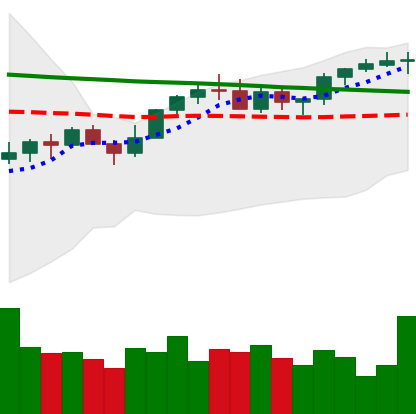
Ticker: XMR-USD
Chart end date: 2022-12-12
Forward return: -4.728%
Label: down_3_5